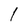
Character: l